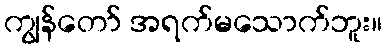
ကျွန်တော် အရက်မသောက်ဘူး။